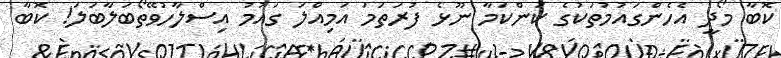
ކޮބާ މޯދީ އެހެންގައުމުތަކުގެ ކަންކަމާ ނޫޅެ ފުރަތަމަ އަމިއްލަ ގައުމު އިސްލާހުވޭތޯބަލާބަލަ! ކޮބާ